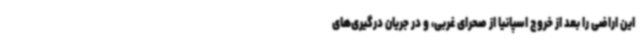
این اراضی را بعد از خروج اسپانیا از صحرای غربی، و در جریان درگیری‌های